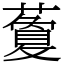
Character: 藑